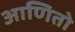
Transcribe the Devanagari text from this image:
आणितो